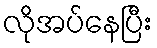
လိုအပ်နေပြီး